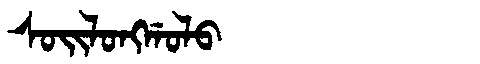
Manchu: ᠰᠣᡳᠯᠣᠩᡤᠣᠯᠣ
Romanization: SOILONGGOLO